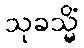
သုခသ္မိံ